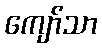
ကျော်သာ